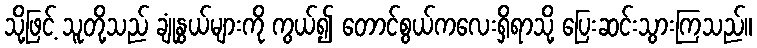
သို့ဖြင့် သူတို့သည် ချုံနွယ်များကို ကွယ်၍ တောင်စွယ်ကလေးရှိရာသို့ ပြေးဆင်းသွားကြသည်။